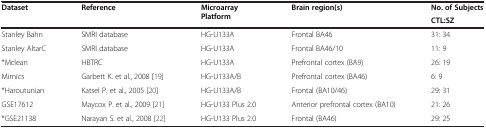
<table><thead><tr><td><b>Dataset</b></td><td><b>Reference</b></td><td><b>Microarray Platform</b></td><td><b>Brain region(s)</b></td><td><b>No. of Subjects</b></td></tr><tr><td><b> </b></td><td><b> </b></td><td><b> </b></td><td><b> </b></td><td><b>CTL:SZ</b></td></tr></thead><tbody><tr><td>Stanley Bahn</td><td>SMRI database</td><td>HG-U133A</td><td>Frontal BA46</td><td>31: 34</td></tr><tr><td>Stanley AltarC</td><td>SMRI database</td><td>HG-U133A</td><td>Frontal BA46/10</td><td>11: 9</td></tr><tr><td>*Mclean</td><td>HBTRC</td><td>HG-U133A</td><td>Prefrontal cortex (BA9)</td><td>26: 19</td></tr><tr><td>Mirnics</td><td>Garbett K. et al., 2008 [19]</td><td>HG-U133A/B</td><td>Prefrontal cortex (BA46)</td><td>6: 9</td></tr><tr><td>*Haroutunian</td><td>Katsel P. et al., 2005 [20]</td><td>HG-U133A/B</td><td>Frontal (BA10/46)</td><td>29: 31</td></tr><tr><td>GSE17612</td><td>Maycox P. et al., 2009 [21]</td><td>HG-U133 Plus 2.0</td><td>Anterior prefrontal cortex (BA10)</td><td>21: 26</td></tr><tr><td>*GSE21138</td><td>Narayan S. et al., 2008 [22]</td><td>HG-U133 Plus 2.0</td><td>Frontal (BA46)</td><td>29: 25</td></tr></tbody></table>